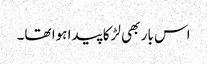
اس بار بھی لڑکا پیدا ہوا تھا۔